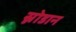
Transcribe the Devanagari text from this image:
स्नोडान